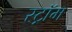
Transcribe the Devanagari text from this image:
स्ट्रॉम